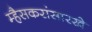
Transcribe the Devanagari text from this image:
म्हैसकरांसारखे